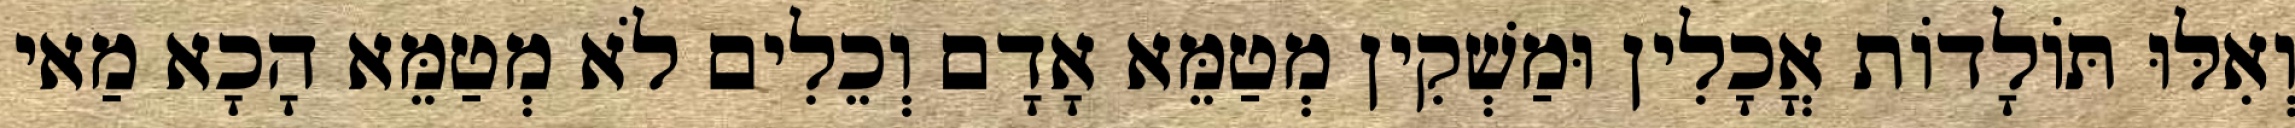
וְאִלּוּ תּוֹלָדוֹת אֳכָלִין וּמַשְׁקִין מְטַמֵּא אָדָם וְכֵלִים לֹא מְטַמֵּא הָכָא מַאי